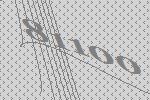
81100